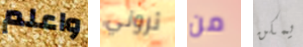
واعلم ثروتي من يمكن